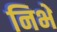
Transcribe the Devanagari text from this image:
निभें